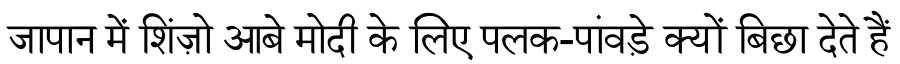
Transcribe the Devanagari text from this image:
जापान में शिंज़ो आबे मोदी के लिए पलक-पांवड़े क्यों बिछा देते हैं